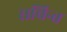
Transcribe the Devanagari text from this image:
सचिन्त